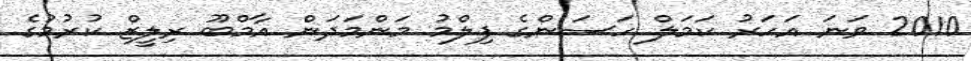
2010 ވަނަ އަހަރު ކަމަލް ހަސަންގެ ފިލްމު މަންމަދަން އާމްބޫ ރިލީޒް ކުރުމުގެ